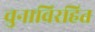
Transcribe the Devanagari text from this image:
चुनाविरहित